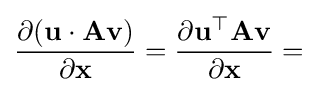
{\frac {\partial (\mathbf {u} \cdot \mathbf {A} \mathbf {v} )}{\partial \mathbf {x} }}={\frac {\partial \mathbf {u} ^{\top }\mathbf {A} \mathbf {v} }{\partial \mathbf {x} }}=